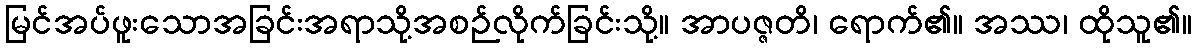
မြင်အပ်ဖူးသောအခြင်းအရာသို့အစဉ်လိုက်ခြင်းသို့။ အာပဇ္ဇတိ၊ ရောက်၏။ အဿ၊ ထိုသူ၏။